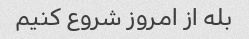
بله از امروز شروع کنیم